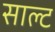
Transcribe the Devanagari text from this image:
साल्‍ट